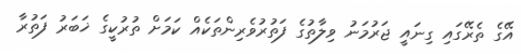
އޭގެ ތެރޭގައި ގިނައީ ޖަރުމަނު ވިލާތުގެ ފަތުރުވެރިންތަކެއް ކަމަށް ތުރުކީގެ ޚަބަރު ފަތުރާ